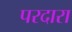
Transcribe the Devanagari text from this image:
परदारा